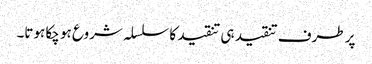
پر طرف تنقید ہی تنقید کا سلسلہ شروع ہو چکا ہوتا۔